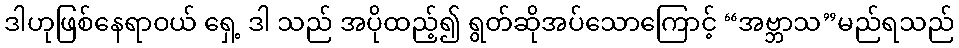
ဒါဟုဖြစ်နေရာဝယ် ရှေ့ ဒါ သည် အပိုထည့်၍ ရွတ်ဆိုအပ်သောကြောင့် “အဗ္ဘာသ”မည်ရသည်